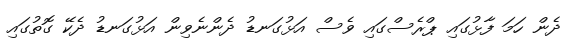
ދެން ހަމަ ފާޅުގައި ޕްރެސްގައި ވެސް އަޅުގަނޑު ދެންނެވިން އަޅުގަނޑު ދެކޭ ގޮތުގައި